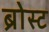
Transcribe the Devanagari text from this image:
ब्रोस्ट